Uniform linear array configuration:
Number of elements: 64
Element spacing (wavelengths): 0.75
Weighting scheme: kaiser
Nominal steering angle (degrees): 60
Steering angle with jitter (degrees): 58.562
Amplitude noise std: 0.05
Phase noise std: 0.05

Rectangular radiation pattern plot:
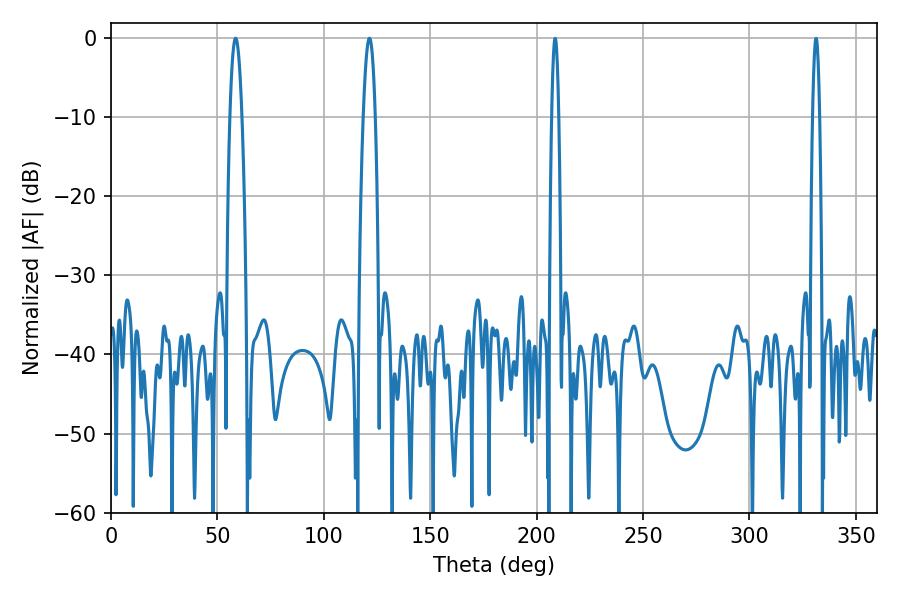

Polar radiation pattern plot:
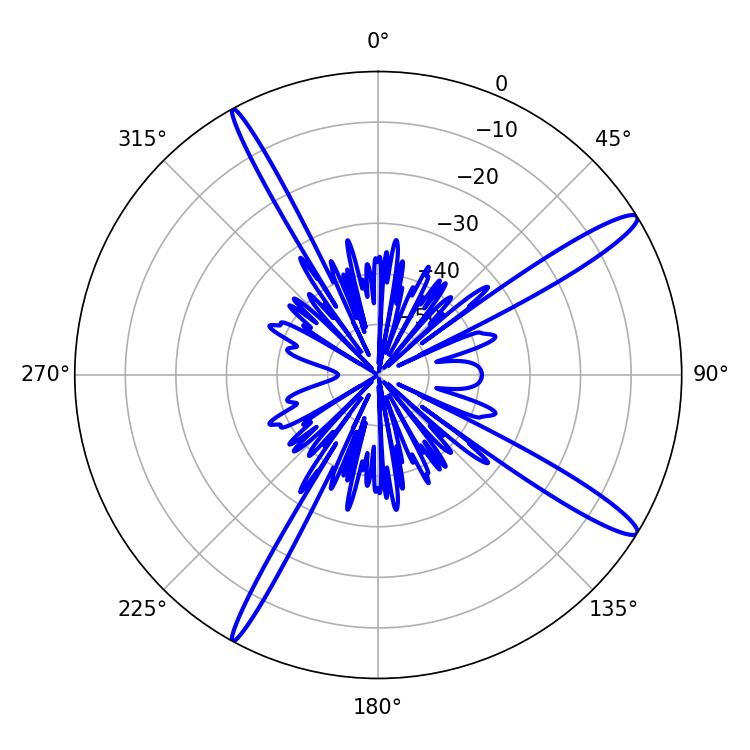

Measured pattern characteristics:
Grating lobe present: TRUE
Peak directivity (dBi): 14.73
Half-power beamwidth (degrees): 3.06
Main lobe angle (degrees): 121.5